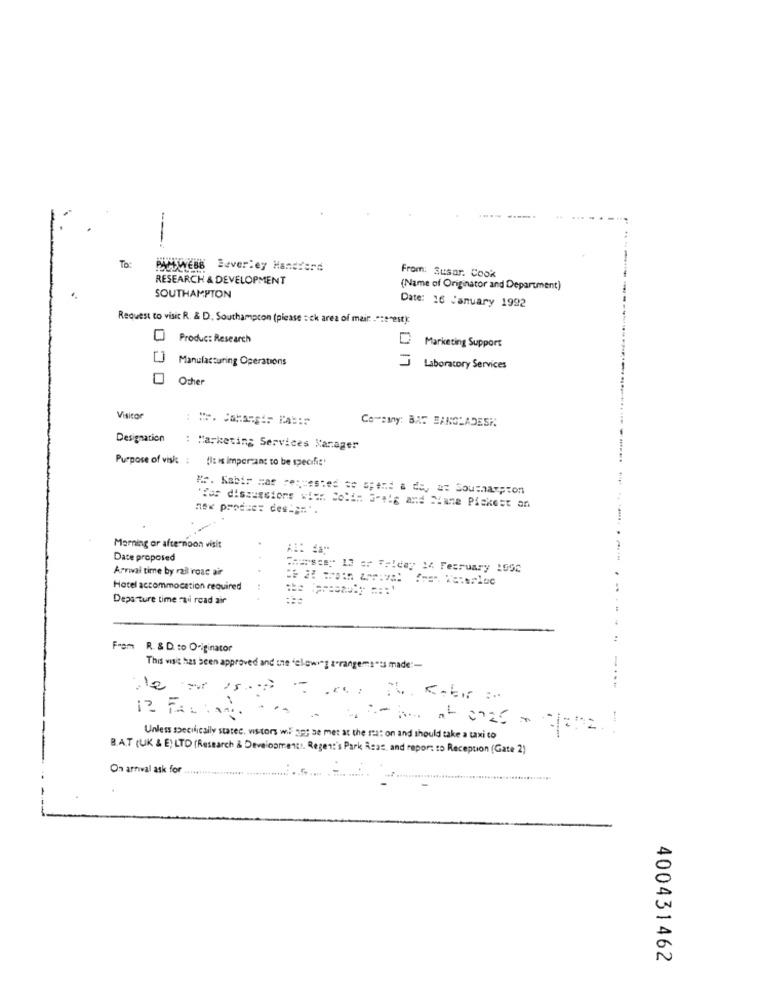
.. ...
To:
PACOWEBB Beverley Handford
RESEARCH & DEVELOPMENT
From: Susar. Cook
(Name of Originator and Department)
SOUTHAMPTON
Date: 16 January 1992
Request to visit R. & D. Southampton (please : ck area of mair ."te"est):
Produc: Research
Marketing Support
Manufacturing Operations
Laboratory Services
Other
Visitor
Co-siny: BA: BANGLADESH
Designation
: Marketing Services Manager
Purpose of visk : (I: is important to be specific'
Mr. Kabir mas requested to spend a de, a: Southampton
nex produe: des === '.
'Yes discussions with Colin Graig and Mane Pickest an
Morning or afternoon visit
Date proposed
Arrival time by rail roac air
Jourssay 13 er Felday 14 February 1992
Hotel accommodation required
Departure time mai read air
From R. & D. to O-iginator
This wasit has been approved and the "elow" a"rangems"'s made"-
12 FALLAA
Unless specifically statec. visitors wil 29; se met at the seat on and should take a taxi to
BAT (UK & E) LTD (Research & Development), Regent's Park Reas, and report to Reception (Gate 2)
On arrival ask for ..
.....
400431462